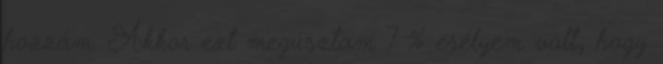
hozzám. Akkor ezt megúsztam 7 % esélyem volt, hogy